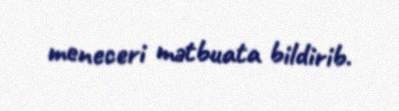
meneceri mətbuata bildirib.